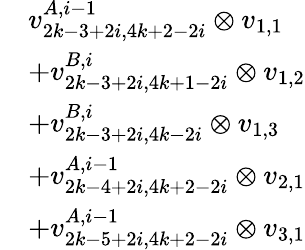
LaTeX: \begin{array}{rl}&{v_{2k-3+2i,4k+2-2i}^{A,i-1}\otimes v_{1,1}}\\ &{+v_{2k-3+2i,4k+1-2i}^{B,i}\otimes v_{1,2}}\\ &{+v_{2k-3+2i,4k-2i}^{B,i}\otimes v_{1,3}}\\ &{+v_{2k-4+2i,4k+2-2i}^{A,i-1}\otimes v_{2,1}}\\ &{+v_{2k-5+2i,4k+2-2i}^{A,i-1}\otimes v_{3,1}}\end{array}